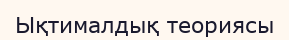
Ықтималдық теориясы